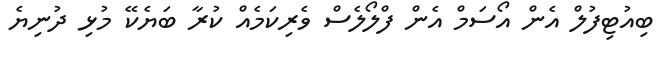
ބިއުޓިފުލް އެން އޯސަމް އެން ފްލޯލެސް ވެރިކަމެއް ކުރާ ބަޔެކޭ މުޅި ދުނިޔެ